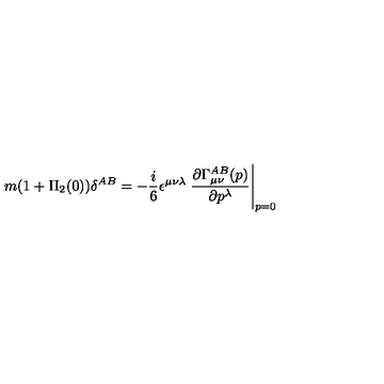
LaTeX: m ( 1 + \Pi _ { 2 } ( 0 ) ) \delta ^ { A B } = - { \frac { i } { 6 } } \epsilon ^ { \mu \nu \lambda } \left. { \frac { \partial \Gamma _ { \mu \nu } ^ { A B } ( p ) } { \partial p ^ { \lambda } } } \right| _ { p = 0 }